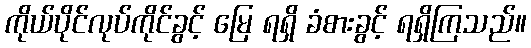
ကိုယ်ပိုင်လုပ်ကိုင်ခွင့် မြေ ရရှိ ခံစားခွင့် ရရှိကြသည်။